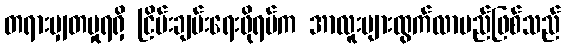
တရားမျှတမှုရရှိ ငြိမ်းချမ်းရေးဖိုရမ်က အာလူးများထွက်လာမည်ဖြစ်သည်